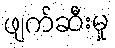
ဖျက်ဆီးမှု